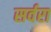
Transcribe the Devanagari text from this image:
सर्वरा